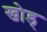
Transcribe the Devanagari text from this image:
खोड्